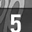
Digit: 5